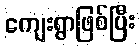
ကျေးရွာဖြစ်ပြီး